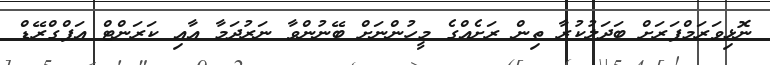
ނޮޅިވަރަމްފަރަށް ބަދަލުކުރާ ތިން ރަށެއްގެ މީހުންނަށް ބޭނުންވާ ނަރުދަމާ އާއި ކަރަންޓް އަޕްގްރޭޑް